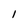
Character: l